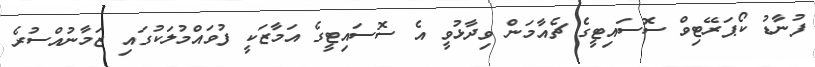
ފުނާޑު ކޯޕަރޭޓިވް ސޮސައިޓީގެ ޗެއާމަން ވިދާޅުވީ އެ ސޮސައިޓީގެ އަމާޒަކީ ފުވައްމުލަކުގައި ޒަމާނުއްސުރެ